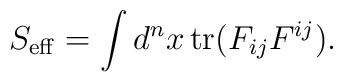
S_{\rm eff} = \int d^n x\, {\rm tr} (F_{ij} F^{ij}).